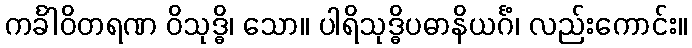
ကင်္ခါဝိတရဏ ဝိသုဒ္ဓိ၊ သော။ ပါရိသုဒ္ဓိပဓာနိယင်္ဂံ၊ လည်းကောင်း။